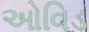
ઓવિડ